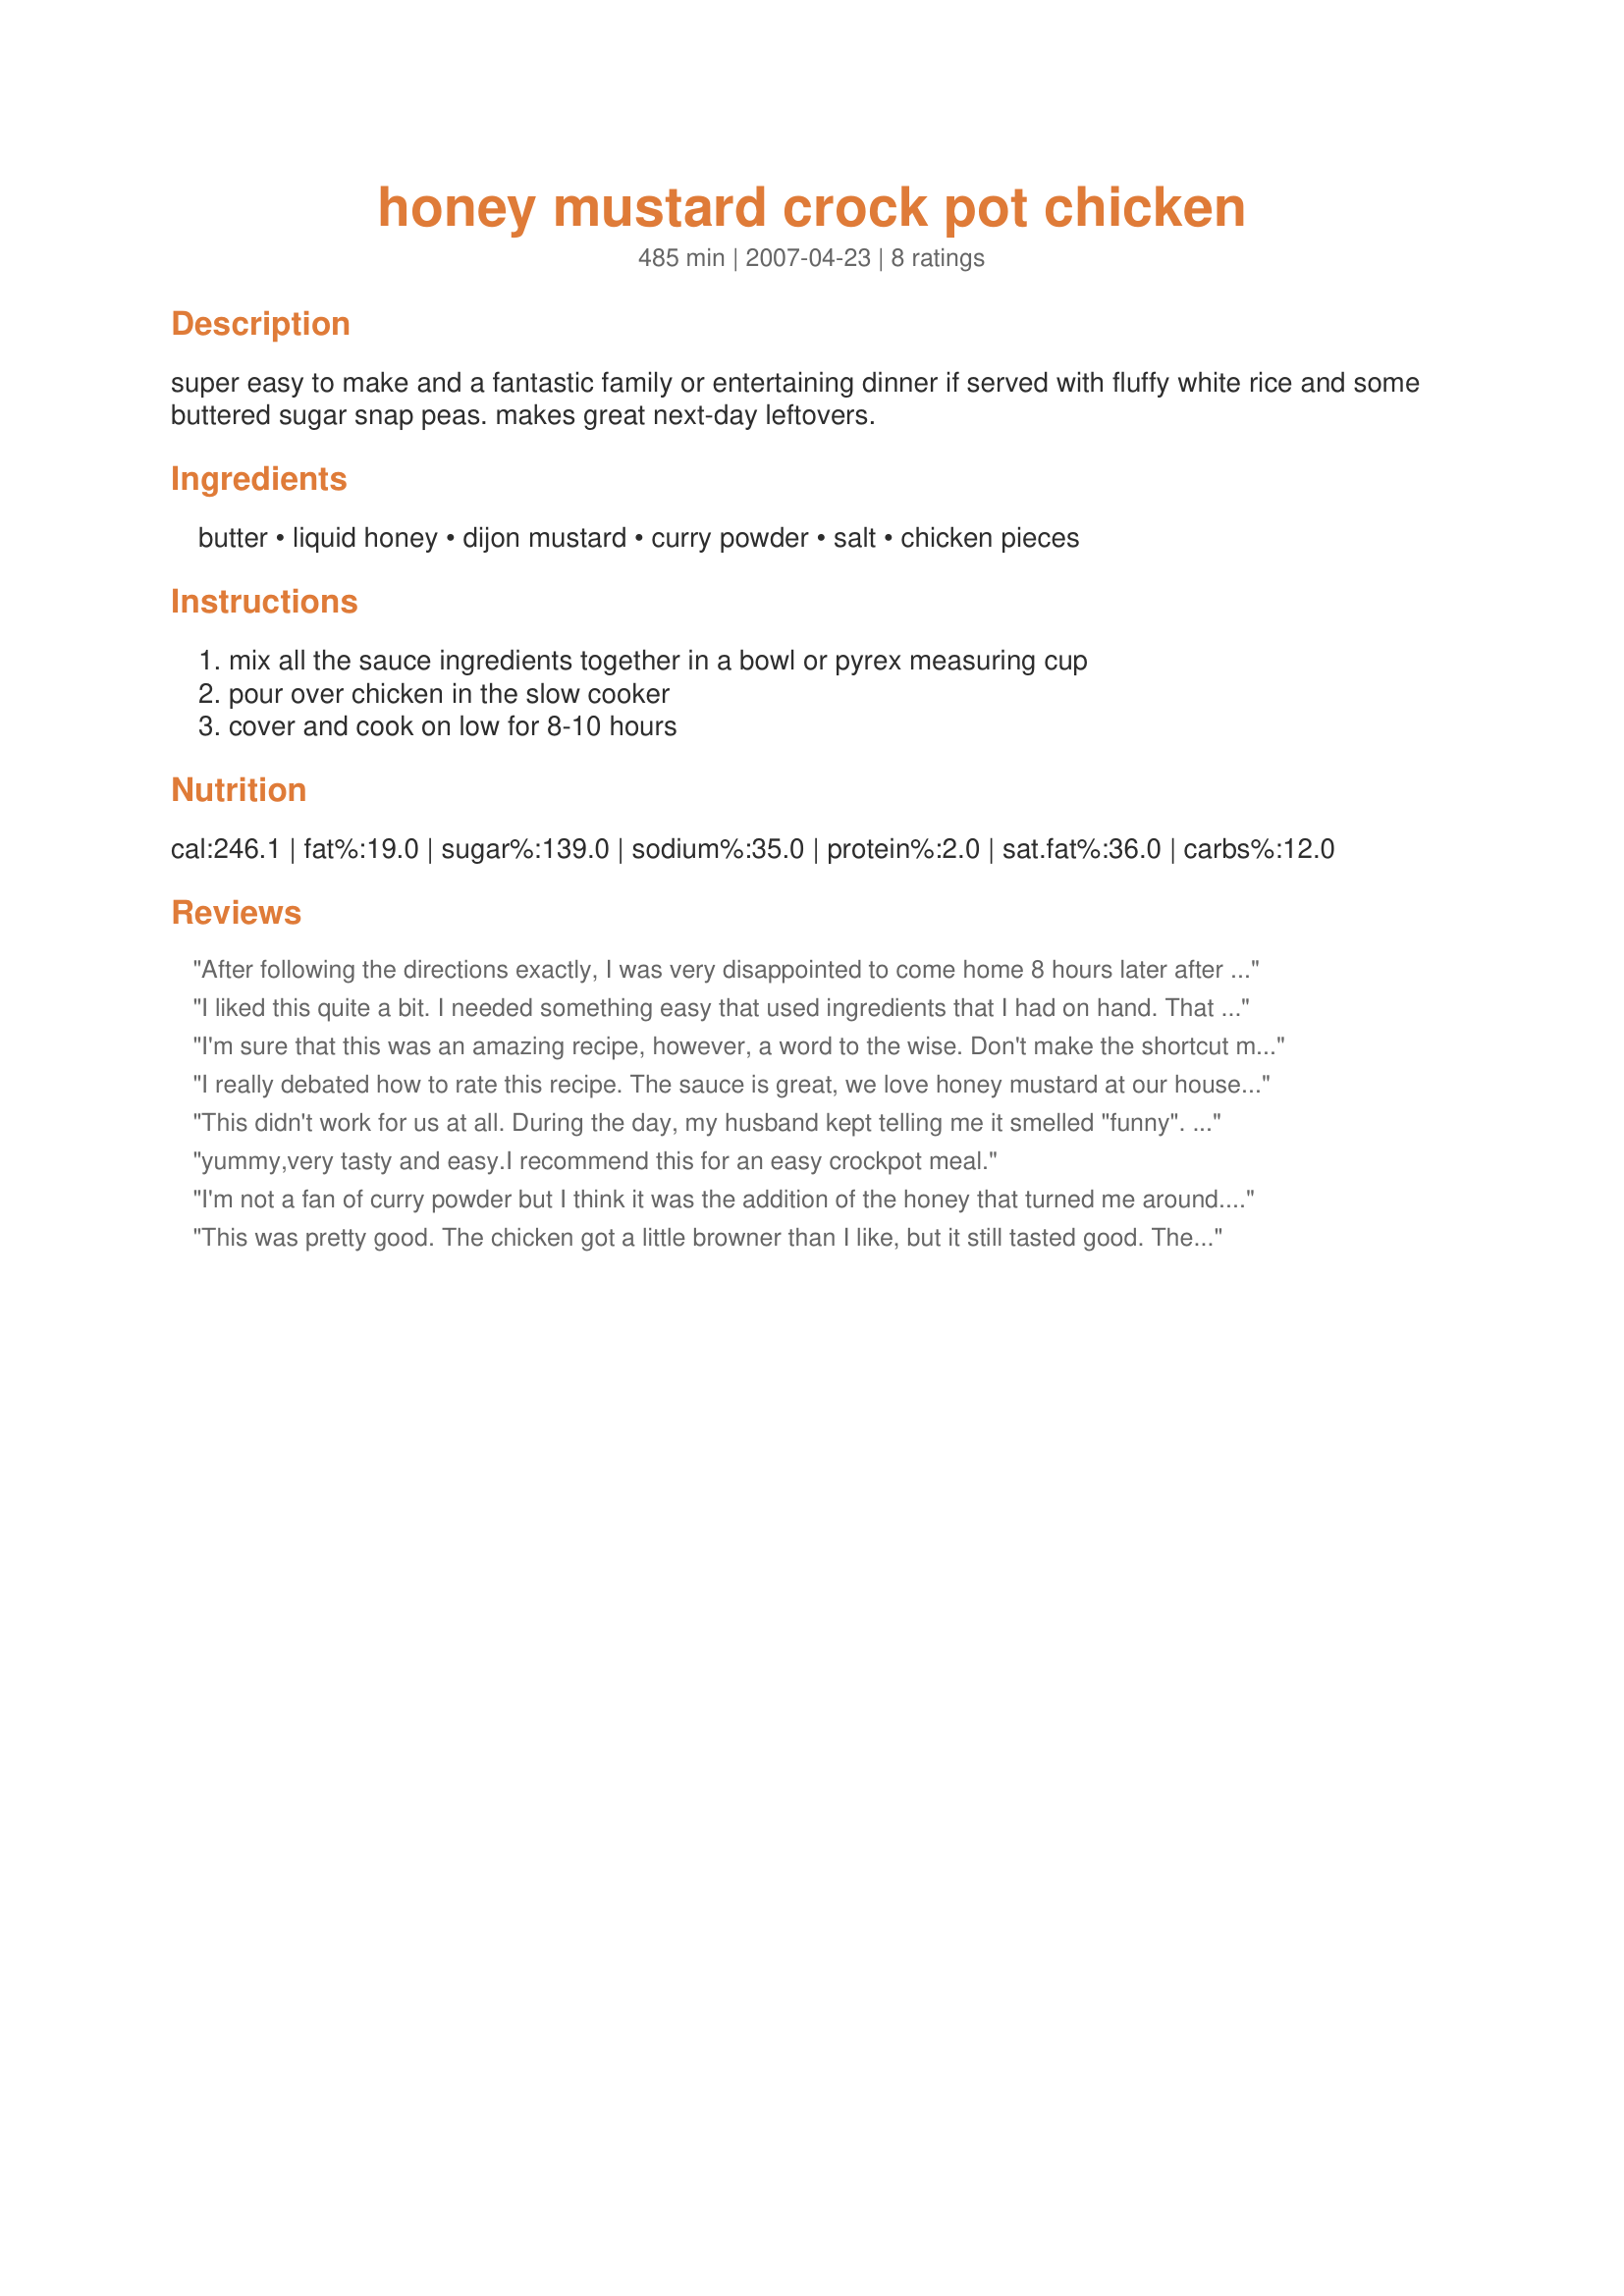
honey mustard crock pot chicken
Preparation time: 485 minutes

super easy to make and a fantastic family or entertaining dinner if served with fluffy white rice and some buttered sugar snap peas. makes great next-day leftovers.

Ingredients:
butter, liquid honey, dijon mustard, curry powder, salt, chicken pieces

Steps:
mix all the sauce ingredients together in a bowl or pyrex measuring cup, pour over chicken in the slow cooker, cover and cook on low for 8-10 hours

Reviews:
After following the directions exactly, I was very disappointed to come home 8 hours later after a long work day to very burnt, dark brown sauce. It was not edible.
I liked this quite a bit. I needed something easy that used ingredients that I had on hand. That being said, I did not have any honey, so I searched for and found a substitution (1/2 cup sugar, 1/8 cup water). I decreased the amount of curry powder by half because I don't really like the taste. Also, based on other reviews, I lowered the cook time to 6 hours to get a less-brown chicken product. After removing the chicken from the crockpot, I added some cornstarch to thicken the sauce, which I served over the chicken and some mashed potatoes. Kudos!
I'm sure that this was an amazing recipe, however, a word to the wise. Don't make the shortcut mistakes that I had made. It made it not as great:<br/>1) premix it, don't just throw it all in the pot.<br/>2) I'm sure using good curry powder would have helped.<br/>3) Make sure that you don't overcook it. <br/><br/>Hope this helps.
I really debated how to rate this recipe. The sauce is great, we love honey mustard at our house, so it was a big hit.
The chicken (I used bone in breasts), no so good. It was really overcooked and no amount of gravy in the world would make it moist. 
I suspect the cooking time should have been cut down by at least half. 
I made the sauce with cheap store brand dijon and organic honey, I didn't have any of the burning issues others faced. I also forgot the salt, but the sauce was fine. 
After removing the chicken. I put the liquid in a sauce pan and thickened with cornstarch and water. I served the chicken with mashed potatoes, green beans and bread.
I will try the recipe again cutting down the cooking time significantly.
This didn't work for us at all. During the day, my husband kept telling me it smelled "funny". By supper time (cooked around 8 1/2 hours) the sauce was all dark brown and the chicken was burnt on the edges. (I use my crockpot all the time, so I know it's not too hot.) We wound up tossing it and getting Taco Bell food instead. Sorry, I won't be trying this again. Thanks anyway.
yummy,very tasty and easy.I recommend this for an easy crockpot meal.
I'm not a fan of curry powder but I think it was the addition of the honey that turned me around. This is very easy to make. I turned it on high for 4 hours and it was ready to eat after church this morning. I will be making this again. I made this for the Spring PAC 2007 game.
This was pretty good. The chicken got a little browner than I like, but it still tasted good. The flavor was all through the meat and the meat was falling off the bone. Thanks for sharing. :)
